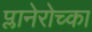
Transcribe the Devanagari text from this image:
प्लानेरोच्का